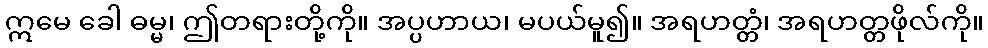
ဣမေ ခေါ ဓမ္မ၊ ဤတရားတို့ကို။ အပ္ပဟာယ၊ မပယ်မူ၍။ အရဟတ္တံ၊ အရဟတ္တဖိုလ်ကို။